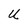
Character: U